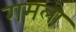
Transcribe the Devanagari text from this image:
गमलो